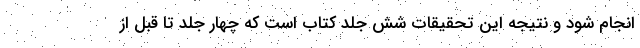
انجام شود و نتیجه این تحقیقات شش جلد کتاب است که چهار جلد تا قبل از